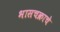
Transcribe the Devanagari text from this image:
भासचक्राचे